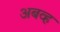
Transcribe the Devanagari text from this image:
अबव्ह